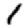
Digit: 1